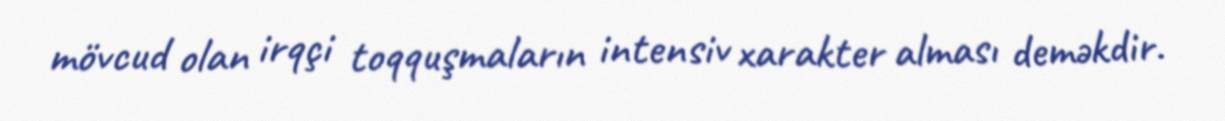
mövcud olan irqçi toqquşmaların intensiv xarakter alması deməkdir.